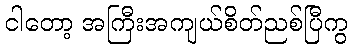
ငါတော့ အကြီးအကျယ်စိတ်ညစ်ပြီကွ